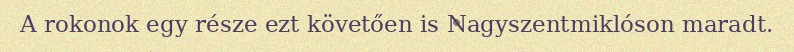
A rokonok egy része ezt követően is Nagyszentmiklóson maradt.